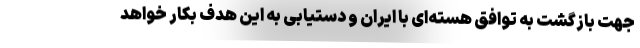
جهت بازگشت به توافق هسته‌ای با ایران و دستیابی به این هدف بکار خواهد